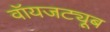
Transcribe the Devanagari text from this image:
वॉयजट्यूब